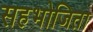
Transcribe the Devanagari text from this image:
सहभोजिता